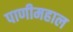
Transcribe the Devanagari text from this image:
पाणीमहाल